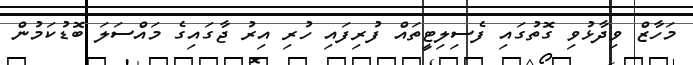
މަހާޒް ވިދާޅުވި ގޮތުގައި ފެސިލިޓީތައް ފުރިފައި ހުރި އިރު ޖާގައިގެ މައްސަލަ ބޮޑުކަމުން